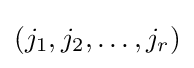
(j_{1},j_{2},\dots ,j_{r})